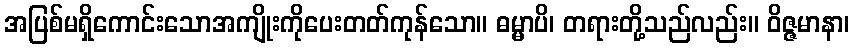
အပြစ်မရှိကောင်းသောအကျိုးကိုပေးတတ်ကုန်သော။ ဓမ္မာပိ၊ တရားတို့သည်လည်း။ ဝိဇ္ဇမာနာ၊